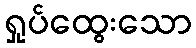
ရှုပ်ထွေးသော